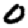
Digit: 0